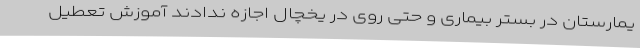
یمارستان در بستر بیماری و حتی روی در یخچال اجازه ندادند آموزش تعطیل